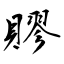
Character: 賿